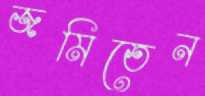
জমিতেন